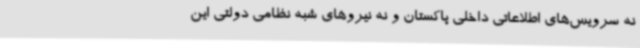
نه سرویس‌های اطلاعاتی داخلی پاکستان و نه نیروهای شبه نظامی دولتی این